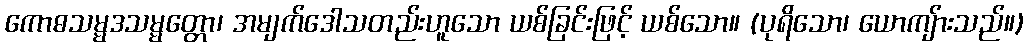
ကောဓသမ္မဒသမ္မတ္တော၊ အမျက်ဒေါသတည်းဟူသော ယစ်ခြင်းဖြင့် ယစ်သော။ (ပုရိသော၊ ယောကျ်ားသည်။)